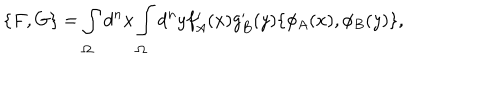
LaTeX: \{ F , G \} = \int _ { \Omega } d ^ { n } x \int _ { \Omega } d ^ { n } y f _ { A } ^ { \prime } ( x ) g _ { B } ^ { \prime } ( y ) \{ \phi _ { A } ( x ) , \phi _ { B } ( y ) \} ,